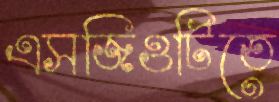
এসজিওটিতে